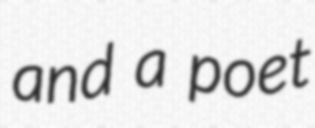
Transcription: and a poet